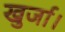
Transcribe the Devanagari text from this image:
खुर्जा।